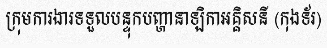
ក្រុមការងារទទួលបន្ទុកបញ្ហានាឡិកាអគ្គិសនី (កុងទ័រ)